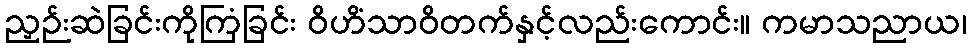
ညှဉ်းဆဲခြင်းကိုကြံခြင်း ဝိဟိံသာဝိတက်နှင့်လည်းကောင်း။ ကမာသညာယ၊